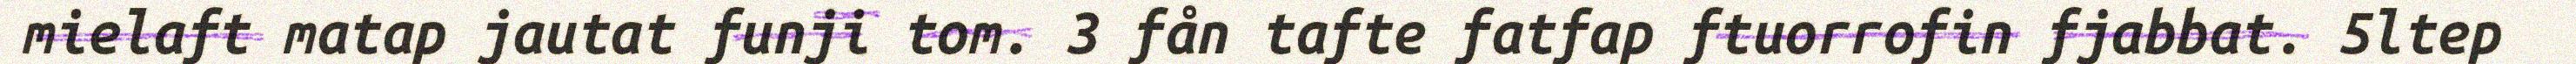
mielaft matap jautat funji tom. 3 fån tafte fatfap ftuorrofin fjabbat. 5ltep